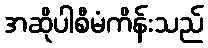
အဆိုပါစီမံကိန်းသည်